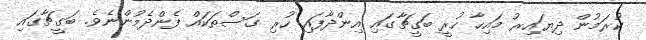
ކުރަމުން ދިޔައިރު މައިހާ ހުރީ ބަގީޗާގައި އިންދާފައި ހުރި ގަސްތަކައް ފެންދެމުންނެވެ. ބަގީޗާގައި